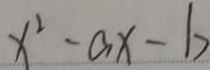
x ^ { 2 } - a x - b